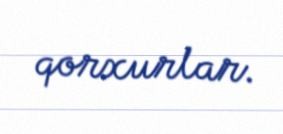
qorxurlar.